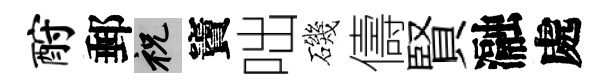
酹郵祝竇咄磯儔賢瀜處